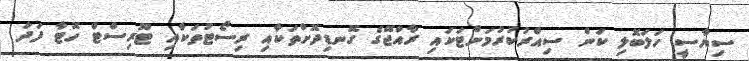
ސިޔާސީ ހަލަބޮލި ކަން ސިއްރުކުރުމަށްޓަކައި ރާއްޖޭގެ ގޮނޑިދޮށްތަކާއި ރިސޯޓުތަކާއި ޓޫރިސްޓް ހޮޓާ ފަދަ